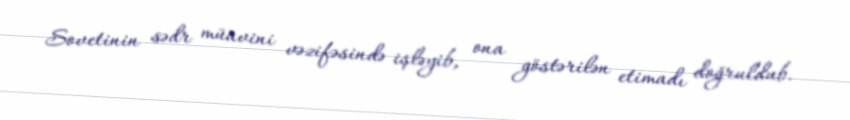
Sovetinin sədr müavini vəzifəsində işləyib, ona göstərilən etimadı doğruldub.